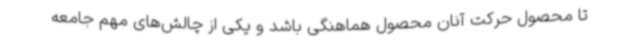
تا محصول حرکت آنان محصول هماهنگی باشد و یکی از چالش‌های مهم جامعه